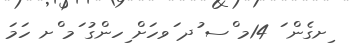
ިށގެން ަ 14މ ްސ ުދ ަވހަށް ިހންގު ަމ ްށ ހަމަ